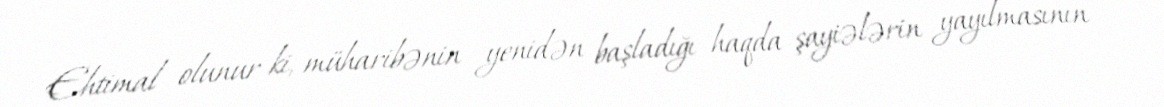
Ehtimal olunur ki, müharibənin yenidən başladığı haqda şayiələrin yayılmasının